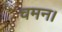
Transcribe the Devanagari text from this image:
चमन।